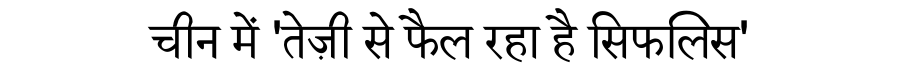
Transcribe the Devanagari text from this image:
चीन में 'तेज़ी से फैल रहा है सिफलिस'